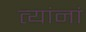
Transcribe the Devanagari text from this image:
त्‍यांनां